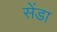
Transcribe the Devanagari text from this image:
सेंडा